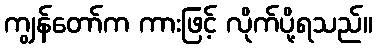
ကျွန်တော်က ကားဖြင့် လိုက်ပို့ရသည်။